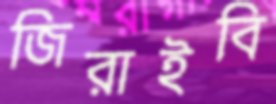
জিরাইবি